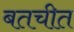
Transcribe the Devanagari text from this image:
बतचीत